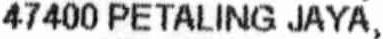
47400 PETALING JAYA,